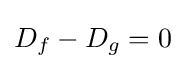
D_{f}-D_{g}=0